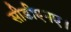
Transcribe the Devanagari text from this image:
सीडीएनए।